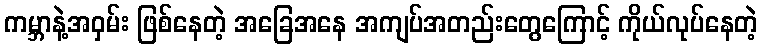
ကမ္ဘာနဲ့အဝှမ်း ဖြစ်နေတဲ့ အခြေအနေ အကျပ်အတည်းတွေကြောင့် ကိုယ်လုပ်နေတဲ့